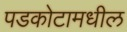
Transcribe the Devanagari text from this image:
पडकोटामधील